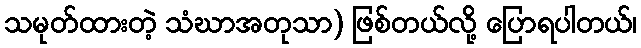
သမုတ်ထားတဲ့ သံဃာအတုသာ) ဖြစ်တယ်လို့ ပြောရပါတယ်၊